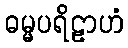
ဓမ္မပရိဠာဟံ